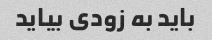
باید به زودی بیاید